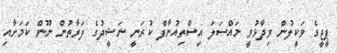
ޕީޖީގެ ވަކީލުން ވިދާޅުވީ މައްސަލަ އިސްތިއުނާފް ކުރަނީ ނަޝީދުގެ ފަރާތުން ނޫން ކަމަށާއި